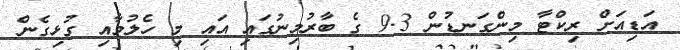
އަޑިއަށް ރިކްޓާ މިންގަނޑުން 9.3 ގެ ބާރުމިނުގައި އައި މި ހެލުމާއި ގުޅިގެން